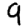
Digit: 9